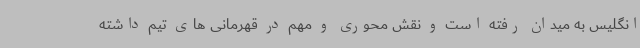
انگلیس به میدان رفته است و نقش محوری و مهم در قهرمانی های تیم داشته